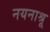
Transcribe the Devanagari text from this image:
नयनाश्रू